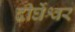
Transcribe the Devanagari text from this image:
दीर्घेश्वर